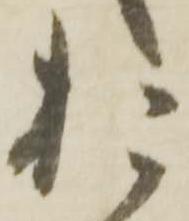
お